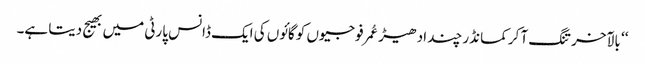
‘‘ بالآخر تنگ آ کر کمانڈر چند ادھیڑ عُمرفوجیوں کو گائوں کی ایک ڈانس پارٹی میں بھیج دیتا ہے۔